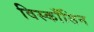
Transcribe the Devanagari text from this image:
विस्काँसिन